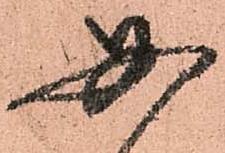
必